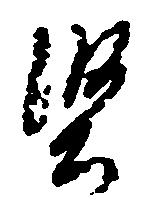
堅